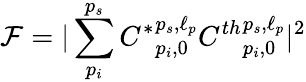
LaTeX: \mathcal{F}=|\sum_{p_{i}}^{p_{s}}{C^{*}}_{p_{i},0}^{p_{s},\ell_{p}}C^{th}{}_{p_{i},0}^{p_{s},\ell_{p}}|^{2}